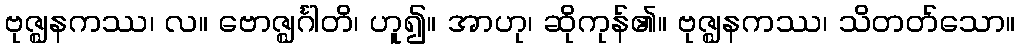
ဗုဇ္ဈနကဿ၊ လ။ ဗောဇ္ဈင်္ဂါတိ၊ ဟူ၍။ အာဟု၊ ဆိုကုန်၏။ ဗုဇ္ဈနကဿ၊ သိတတ်သော။